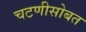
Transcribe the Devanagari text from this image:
चटणीसोबत